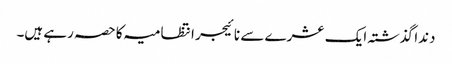
دندا گذشتہ ایک عشرے سے نائیجر انتظامیہ کا حصہ رہے ہیں۔